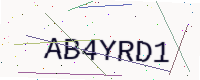
Text: AB4YRD1